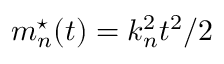
m _ { n } ^ { \star } ( t ) = k _ { n } ^ { 2 } t ^ { 2 } / 2